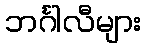
ဘင်္ဂါလီများ